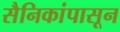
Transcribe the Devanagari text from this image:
सैनिकांपासून